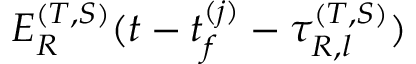
E _ { R } ^ { ( T , S ) } ( t - t _ { f } ^ { ( j ) } - \tau _ { R , l } ^ { ( T , S ) } )